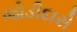
જોડીદારો